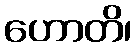
ဟောတိ၊